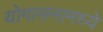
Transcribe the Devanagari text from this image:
योगासनामध्ये